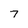
Character: 7